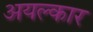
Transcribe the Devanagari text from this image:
अयल्कार